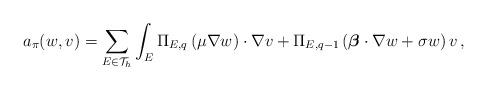
LaTeX: \begin{align*}a_\pi(w,v)=\sum_{E \in {\cal T}_h} \int_E \Pi_{E,q}\left( \mu \nabla w \right) \cdot \nabla v + \Pi_{E,q-1}\left( \boldsymbol{\beta}\cdot \nabla w + \sigma w\right) v\,,\end{align*}